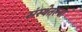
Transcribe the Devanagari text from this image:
संस्थेतल्या